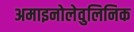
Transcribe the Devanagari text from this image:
अमाइनोलेवुलिनिक